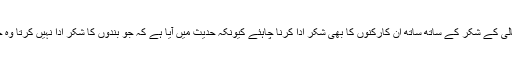
آنے والے مہمانوں کو اللہ تعالیٰ کے شکر کے ساتھ ساتھ ان کارکنوں کا بھی شکر ادا کرنا چاہئے کیونکہ حدیث میں آیا ہے کہ جو بندوں کا شکر ادا نہیں کرتا وہ خدا کا بھی شکر ادا نہیں کرتا۔